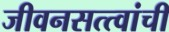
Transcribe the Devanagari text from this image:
जीवनसत्त्वांची